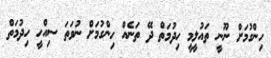
ހިންގުމަށް ނޫނީ ތައުލީމީ ހިދުމަތް ދޭ ތަނެއް ހިންގުމަށް ނުވަތަ ސިއްހީ ހިދުމަތް